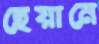
হেয়ানে